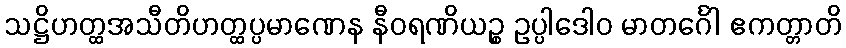
သဋ္ဌိဟတ္ထအသီတိဟတ္ထပ္ပမာဏေန နီဝရဏိယဉ္စ ဥပ္ပါဒေါဝ မာတင်္ဂေါ ဧကတ္တာတိ